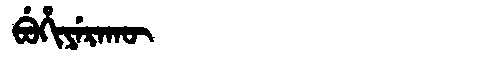
Manchu: ᠪᡠᡥᡳᠶᡝᡵᠠᡴᡡ
Romanization: BUHIYERAKŪ